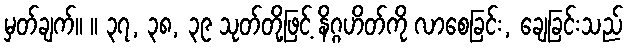
မှတ်ချက်။ ။ ၃၇, ၃၈, ၃၉ သုတ်တို့ဖြင့် နိဂ္ဂဟိတ်ကို လာစေခြင်း, ချေခြင်းသည်